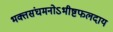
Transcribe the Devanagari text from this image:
भक्तसंघमनोऽभीष्टफलदाय